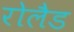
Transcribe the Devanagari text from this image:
रोलैड